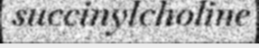
succinylcholine